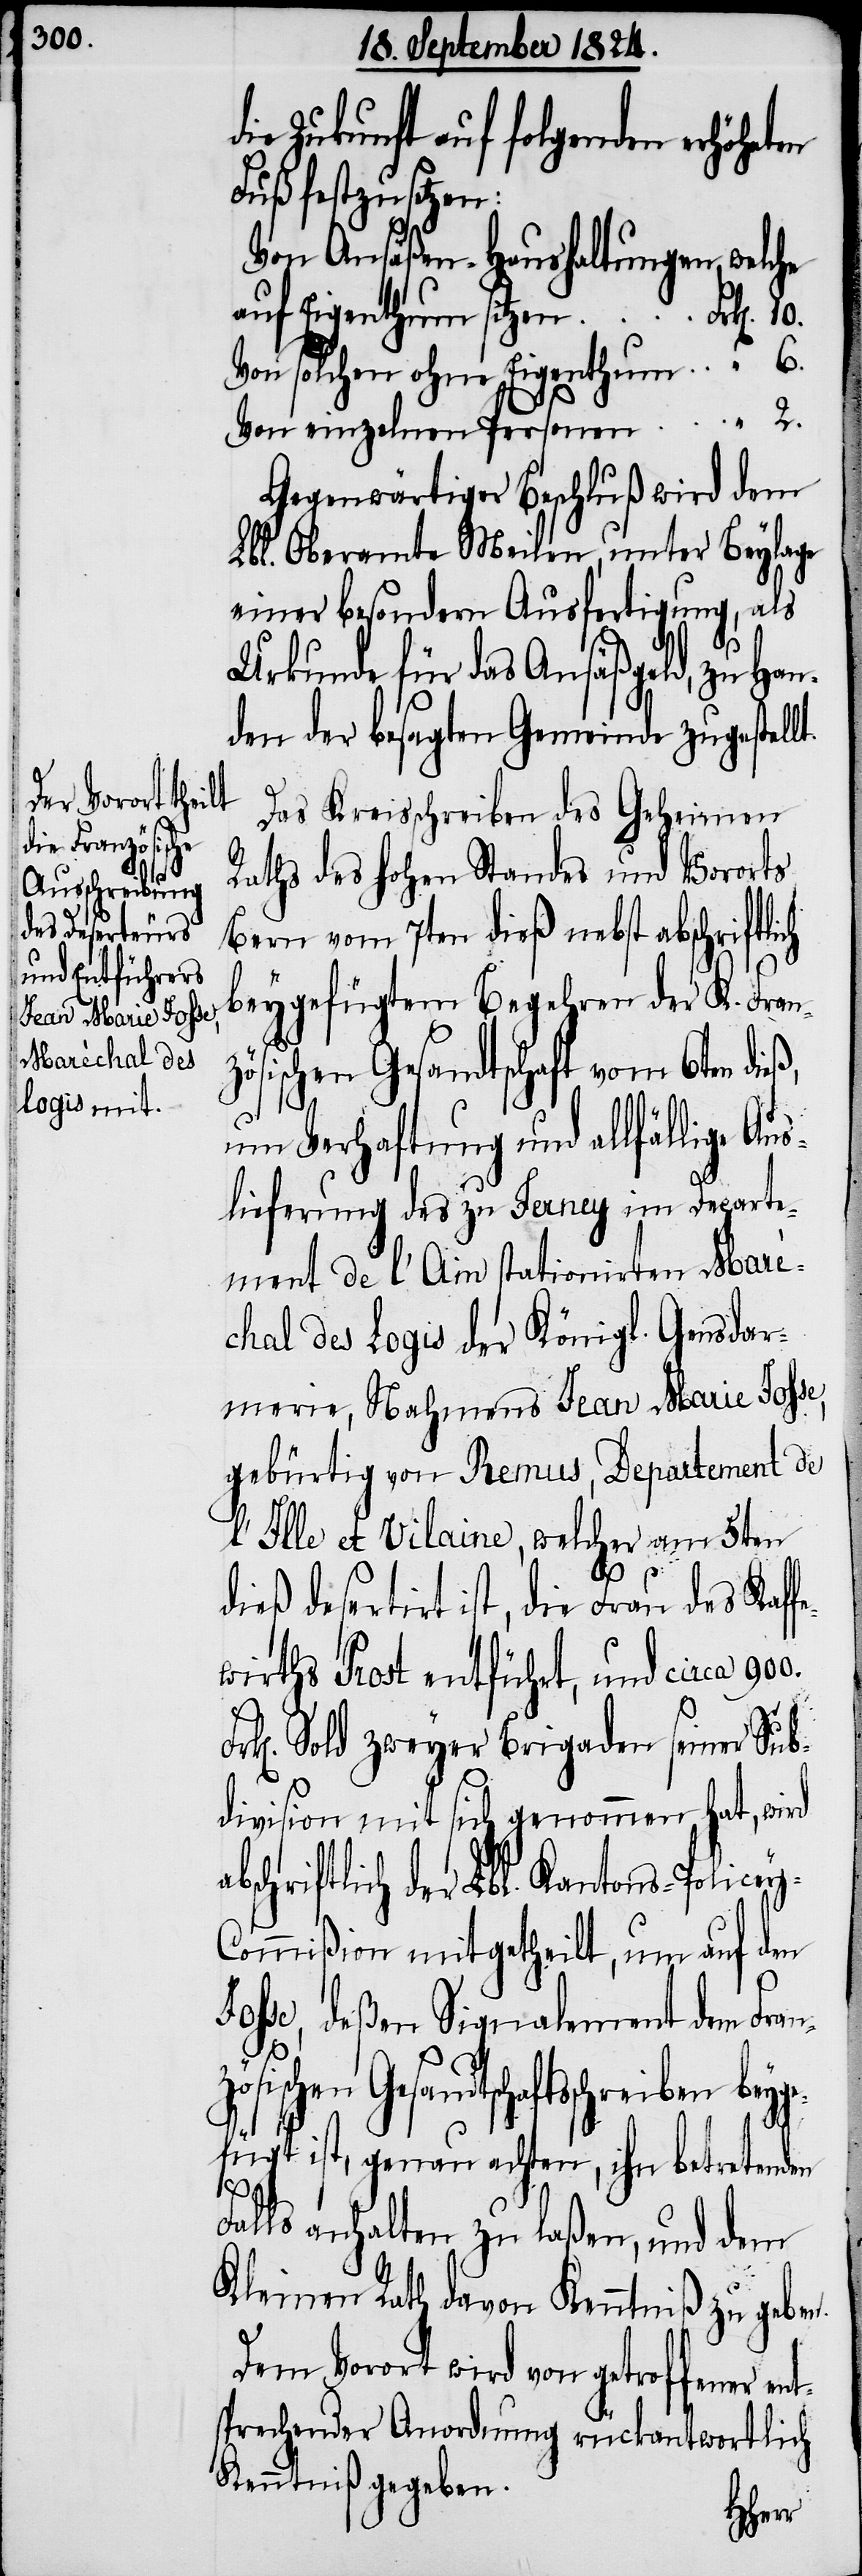
900.

ey-C¬

die Zukunft auf folgenden erhöheten
Fuß festzusetzen:
Von Ansäßen-Haushaltungen, welche
auf Eigenthum sitzen	Frk[en].
Von solchen ohne Eigenthum
Gegenwärtiger Beschluß wird dem
Lbl. Oberamte Meilen, unter Beylage
einer besondern Ausfertigung, als
Urkunde für das Ansäßgeld, zu Han¬
den der besagten Gemeinde zugestell¬
ch
Das Kreisschreiben des Geheimen
Raths des hohen Standes und Vororts
Bern vom 7ten dieß nebst abschriftli¬
beygefügtem Begehren der K. Franz¬
ösischen Gesandtschaftsschreiben bey¬
um Verhaftung und allfällige Au¬
slieferung des zu Ferney im Departe¬
ment de l’Ain stationirten Maré¬
chal des Logis der Königl. Gensdar¬
merie, Nahmens Jean Marie Josse,
gebürtig von Remus, Departement de
l’Ille et Vilaire, welcher am 5ten
ge¬
2.
6.
dieß desertirt ist, die Frau des Kaff¬
ewirths Prost entführt, und circa
k[en]. Sold zweyer Brigaden seiner Sub¬
division mit sich genommen hat, wird
abschriftlich der Lbl. Kantons-Polic¬
ommißion mitgetheilt, um auf den
Josse, deßen Signalement dem Franz¬
fügt ist, genau achten, ihn betretenden
Falls anhalten zu laßen, und dem
Kleinen Rath davon Kenntniß zu geben.
Dem Vorort wird von getroffener ent¬
sprechender Anordnung rückantwortlich
Kenntniß gegeben.